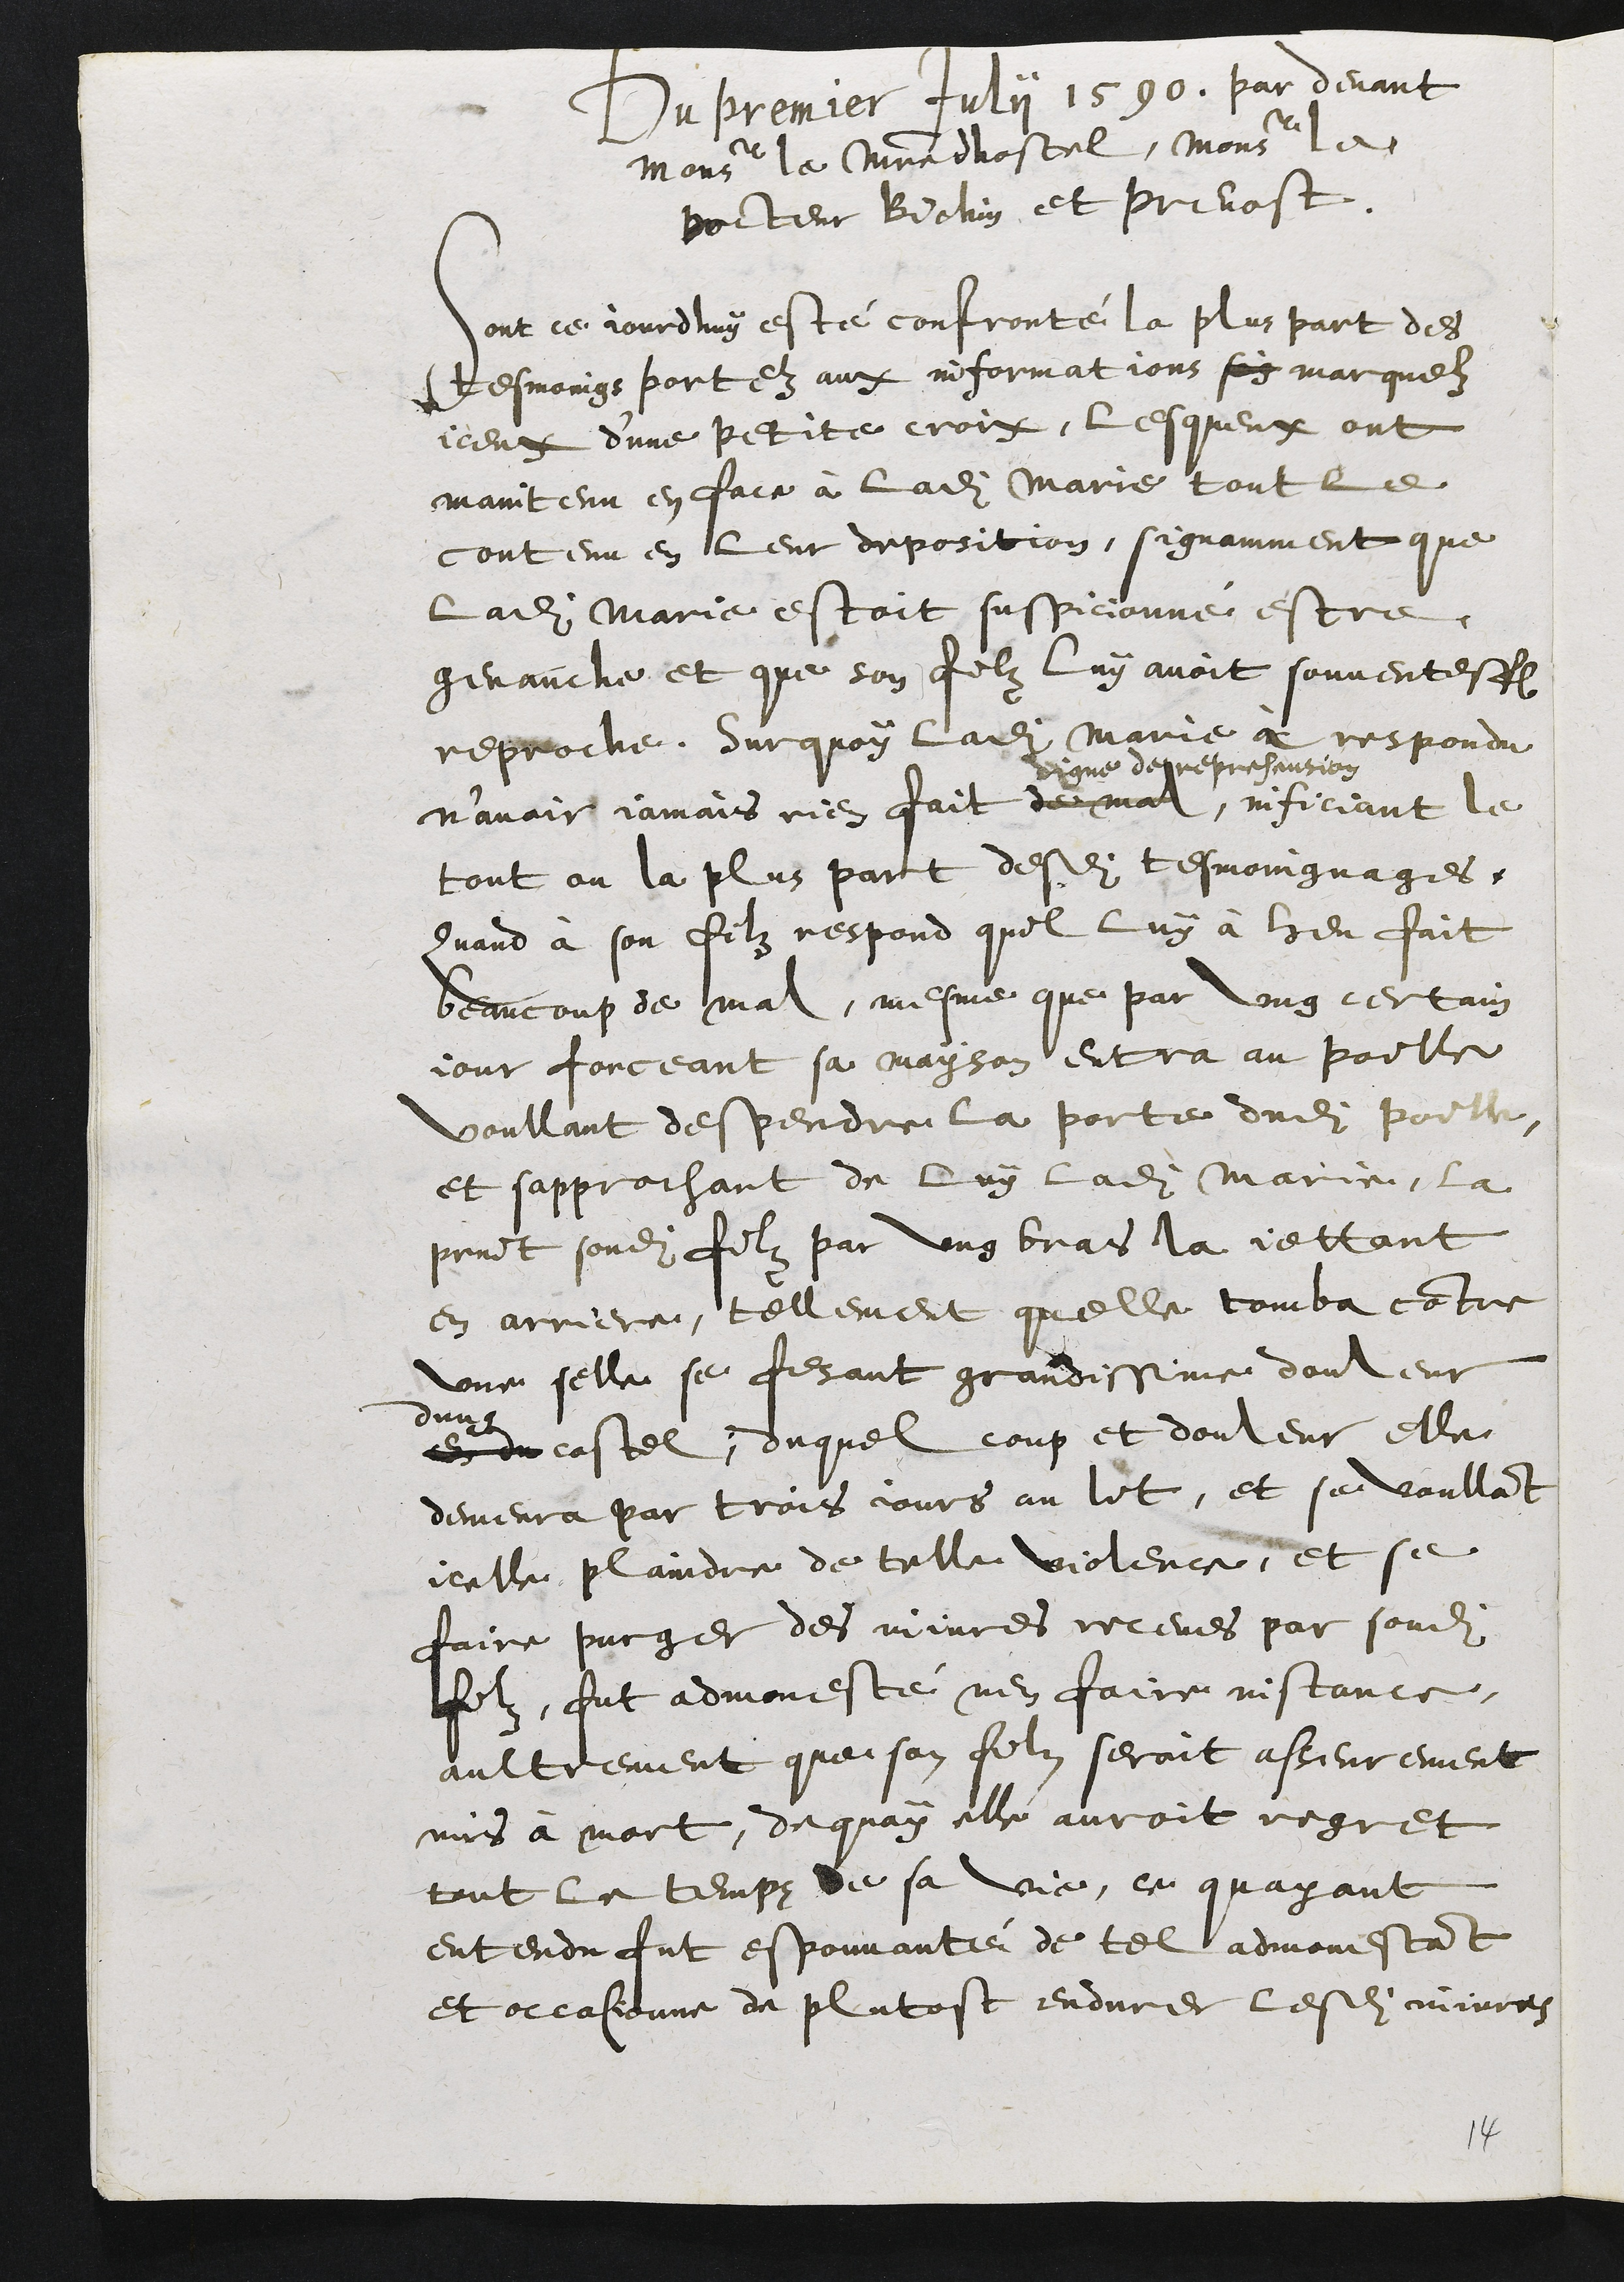
Du premier July 1590. par devant
Mons[ieur] le m[ais]tre dhostel, Mons[ieur] le
Docteur Bichin et prevost.
Sont ce jourdhuy esté confronté la plus part des
tesmoins portez aux informations sois marquez
iceux d’une petite croix, lesqueux ont
maintenu en face à ladite Marie tout le
contenu en leur deposition, signamment que
ladite Marie estoit suspicionné estre
genauche et que son filz luy avoit souventesf[ois]
reproche. Surquoy ladite Marie à respondu
n’avoir iamais rien fait de mal,
digne de reprehension
inficiant le
tout ou la plus part desd[its] tesmoingnages [x]
Quand à son filz respond quil luy à bien fait
beaucoup de mal, mesme que par ung certain
iour forceant sa mayson entra au poille
voullant despendre la porte dudit poille
et sapprochant de luy ladite Marie, la
print sondit filz par ung bras la iettant
en arriere, tellement quelle tomba co[n]tre
une selle se fesant grandissime douleur
dung
En du costel, duquel coup et douleur elle
demera par trois iours au lit, et se voulla[n]t
icelle plaindre de telle violence, et se
faire purger des iniures receus par sondit
filz, fut admonnesté nen faire instance,
aultrement que son filz seroit ass[eu]rement
mis à mort, dequoy elle auroit regret
tout le temps [d]e sa vie, et quayant
entendu fut espouvantée de tel admonnesta[n]t
et occasionne de plutost endure lesd[ites] iniures